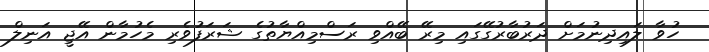
ހުވާ ލައިދިނުމަށް ދަރުބާރުގޭގައި މިރޭ ބޭއްވި ރަސްމިއްޔާތުގެ ޝަރަފުވެރި މެހުމާން އޭޖީ އަނިލް